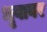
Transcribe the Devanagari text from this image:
धृवावर